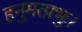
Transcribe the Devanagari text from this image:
हनुमत्प्रभुः।